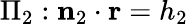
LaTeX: \Pi_{2}:\mathbf{n}_{2}\cdot\mathbf{r}=h_{2}